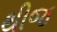
થીજ